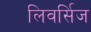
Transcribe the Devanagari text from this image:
लिवर्सिज